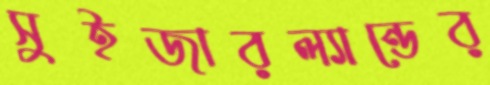
সুইজারল্যান্ডের